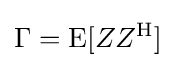
\Gamma =\operatorname {E} [ZZ^{\mathrm {H} }]